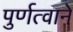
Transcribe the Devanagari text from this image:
पुर्णत्वाने